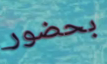
بحضور